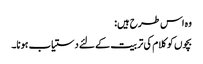
وہ اس طرح ہیں:
بچوں کو کلام کی تربیت کے لئے دستیاب ہونا۔